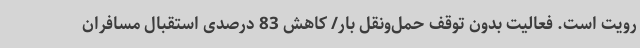
رویت است. فعالیت بدون توقف حمل‌ونقل بار/ کاهش 83 درصدی استقبال مسافران